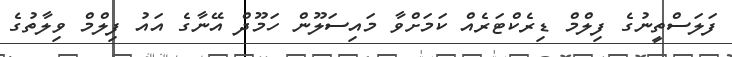
ފަލަސްތީނުގެ ފިލްމް ޑިރެކްޓަރެއް ކަމަށްވާ މައިސަލޫން ހަމޫދް އޭނާގެ އައު ފިލްމް ވިލާތުގެ